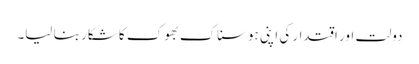
دولت اور اقتدار کی اپنی ہوسناک بھوک کا شکار بنا لیا۔